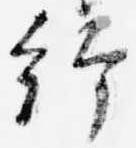
給